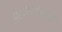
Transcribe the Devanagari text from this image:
प्रबंधसंचालन